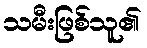
သမီးဖြစ်သူ၏